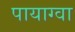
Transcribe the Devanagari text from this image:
पायाग्वा